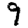
Digit: 9